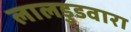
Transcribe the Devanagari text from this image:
लालडुडवारा